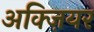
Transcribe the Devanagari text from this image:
अक्ज़ियर